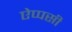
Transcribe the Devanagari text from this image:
ऐप्पसी